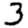
Digit: 3